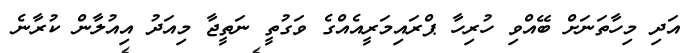
އަދި މިހާތަނަށް ބޭއްވި ހުރިހާ ޕްރައިމަރީއެއްގެ ވަގުތީ ނަތީޖާ މިއަދު އިއުލާން ކުރާނެ